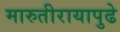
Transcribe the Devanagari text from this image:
मारुतीरायापुढे